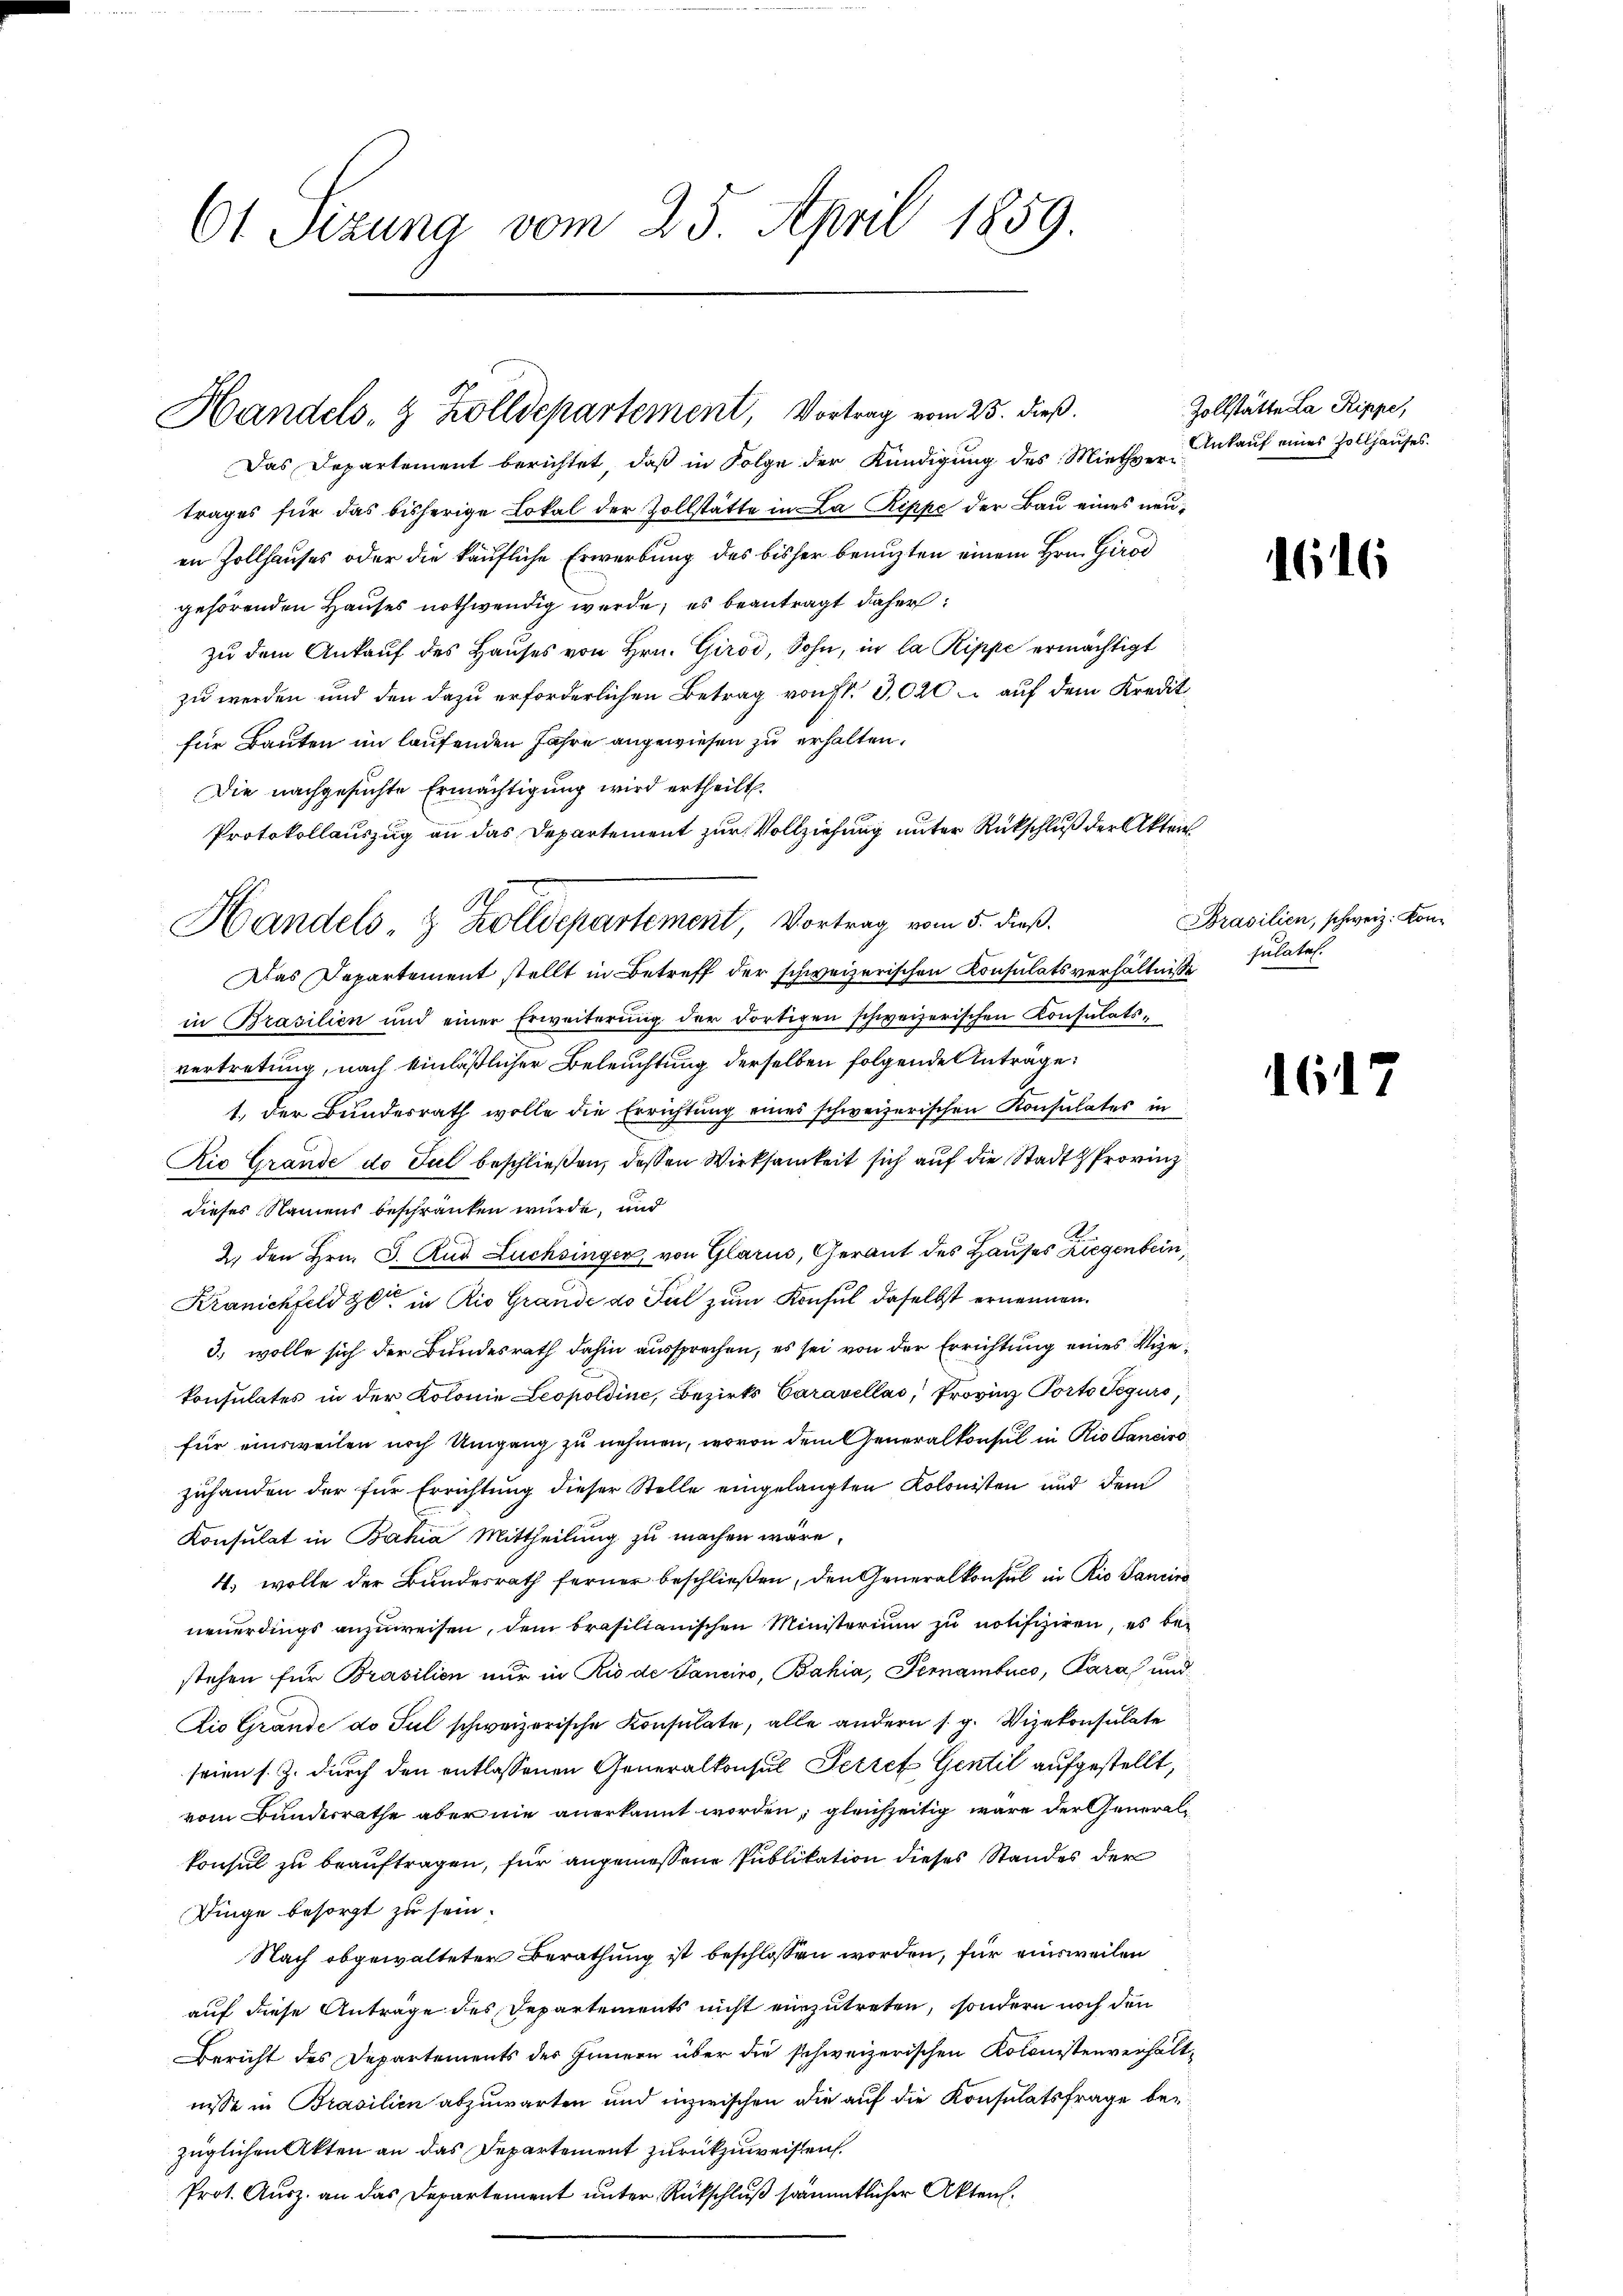
Ct. Sizung vom 25. April 1859.

Handels- & Zolldepartement, Vortrag vom 25. dieß.

Das Departement berichtet, daß in Folge der Kündigung des Miethvertrages für das bisherige Lokal der Zollstätte in La Rippe der Bau eines neuen Zollhauses oder die käufliche Erwerbung des bisher benuzten einem Hrn. Girod
gehörenden Hauses nothwendig werde, es beantragt daher:
zu dem Ankauf des Hauses von Hrn. Girod, Sohn, in la Rippe ermächtigt
zu werden und den dazu erforderlichen Betrag von fl. 3,020 – auf dem Kredit
für Bauten im laufenden Jahre angewiesen zu erhalten.
Die nachgesuchte Ermächtigung wird ertheilt.
Protokollauszug an das Departement zur Vollziehung unter Rückschluß der Akten
Das Departement stellt in Betreff der schweizerischen Konsulatsverhältniß sulate
in Brasilien und einer Erweiterŭng der dortigen schweizerischen Konsulatsvertretung, nach einläßlicher Beleuchtung derselben folgende Anträge:
1. Der Bundesrath wolle die Errichtung eines schweizerischen Konsulates in
Rio Grande de Jul beschließen, dessen Wirksamkeit sich auf die Stadt Provinz
dieses Namens beschränken wurde, und
2) den Hrn. J. Rud Lüchsinger, von Glarus, Gerant des Hauses Ziegenbein,
Kränichfeld zu in Rio Grande do Fiel zum Konsul daselbst ernennen.
3., wolle sich der Bundesrath dahin aussprechen, es sei von der Errichtung eines Vizekonsulates in der Kolonie Leopoldine, Bezirks Caravellos, Provinz Porto Tegurs,
für einsweilen noch Umgang zu nehmen, wovon dem Generalkonsul in Rio Sancirt
zuhanden der für Errichtung dieser Stelle eingelangten Kolonisten und dem
Konsulat in Bahia Mittheilung zu machen wäre,
4. wolle der Bundesrath ferner beschließen, den Generalkonsul in Rio Sancire
neuerdings anzuweisen, dem brasilianischen Ministerium zu notifiziren, es bestehen für Brasilien nur in Rio de Sancino, Bahia, Pernambuco, Para und
Dio Grande do sul schweizerische Konsulate, alle andern s. g. Vizekonsulate
seien s. Z. durch den entlassenen Generalkonsul Petref Gentil aufgestellt,
vom Bunderrathe aber nie anerkannt worden, gleichzeitig wäre der Generalkonsul zu beauftragen, für angemessene Publikation dieses Standes der
Dinge besorgt zu sein.
Nach obgewalteter Berathung ist beschlossen worden, für einsweilen
auf diese Anträge des Departements nicht einzutreten, sondern noch den
Bericht des Departements des Innern über die schweizerischen Kolonistenverhältnisse in Brasilien abzuwarten und inzwischen die auf die Konsulatsfrage bezüglichen Akten an das Departement zurückzuweisen
Prot. Ausz. an das Departement unter Rückschluß sämmtlicher Akten.

.
Handels- & Zolldepartement, Vortrag vom 5. dieß.

Zollstätte La Rippe,
Ankauf eines Zollhauses

1616

Brasilien, schweiz. Kon¬

6